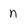
Character: n